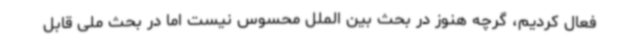
فعال کردیم، گرچه هنوز در بحث بین الملل محسوس نیست اما در بحث ملی قابل